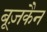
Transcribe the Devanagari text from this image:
बूज़कैन